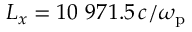
L _ { x } = 1 0 ~ 9 7 1 . 5 \, c / \omega _ { \mathrm { p } }